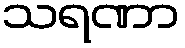
သရဏာ